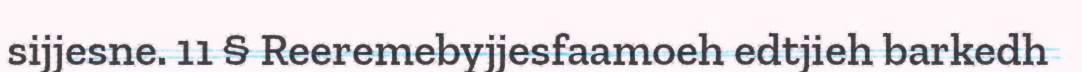
sijjesne. 11 § Reeremebyjjesfaamoeh edtjieh barkedh